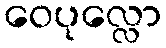
ဝေပုလ္လော